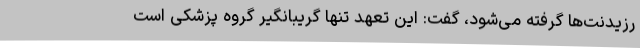
رزیدنت‌ها گرفته می‌شود، گفت: این تعهد تنها گریبانگیر گروه پزشکی است